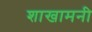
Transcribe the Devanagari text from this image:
शाखामनी